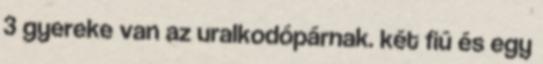
3 gyereke van az uralkodópárnak. két fiú és egy